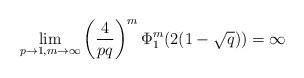
LaTeX: \begin{align*}\lim_{p \to 1,m \to \infty} \left(\frac{4}{pq}\right)^{m}\Phi_{1}^{m}(2(1-\sqrt{q}))= \infty\end{align*}